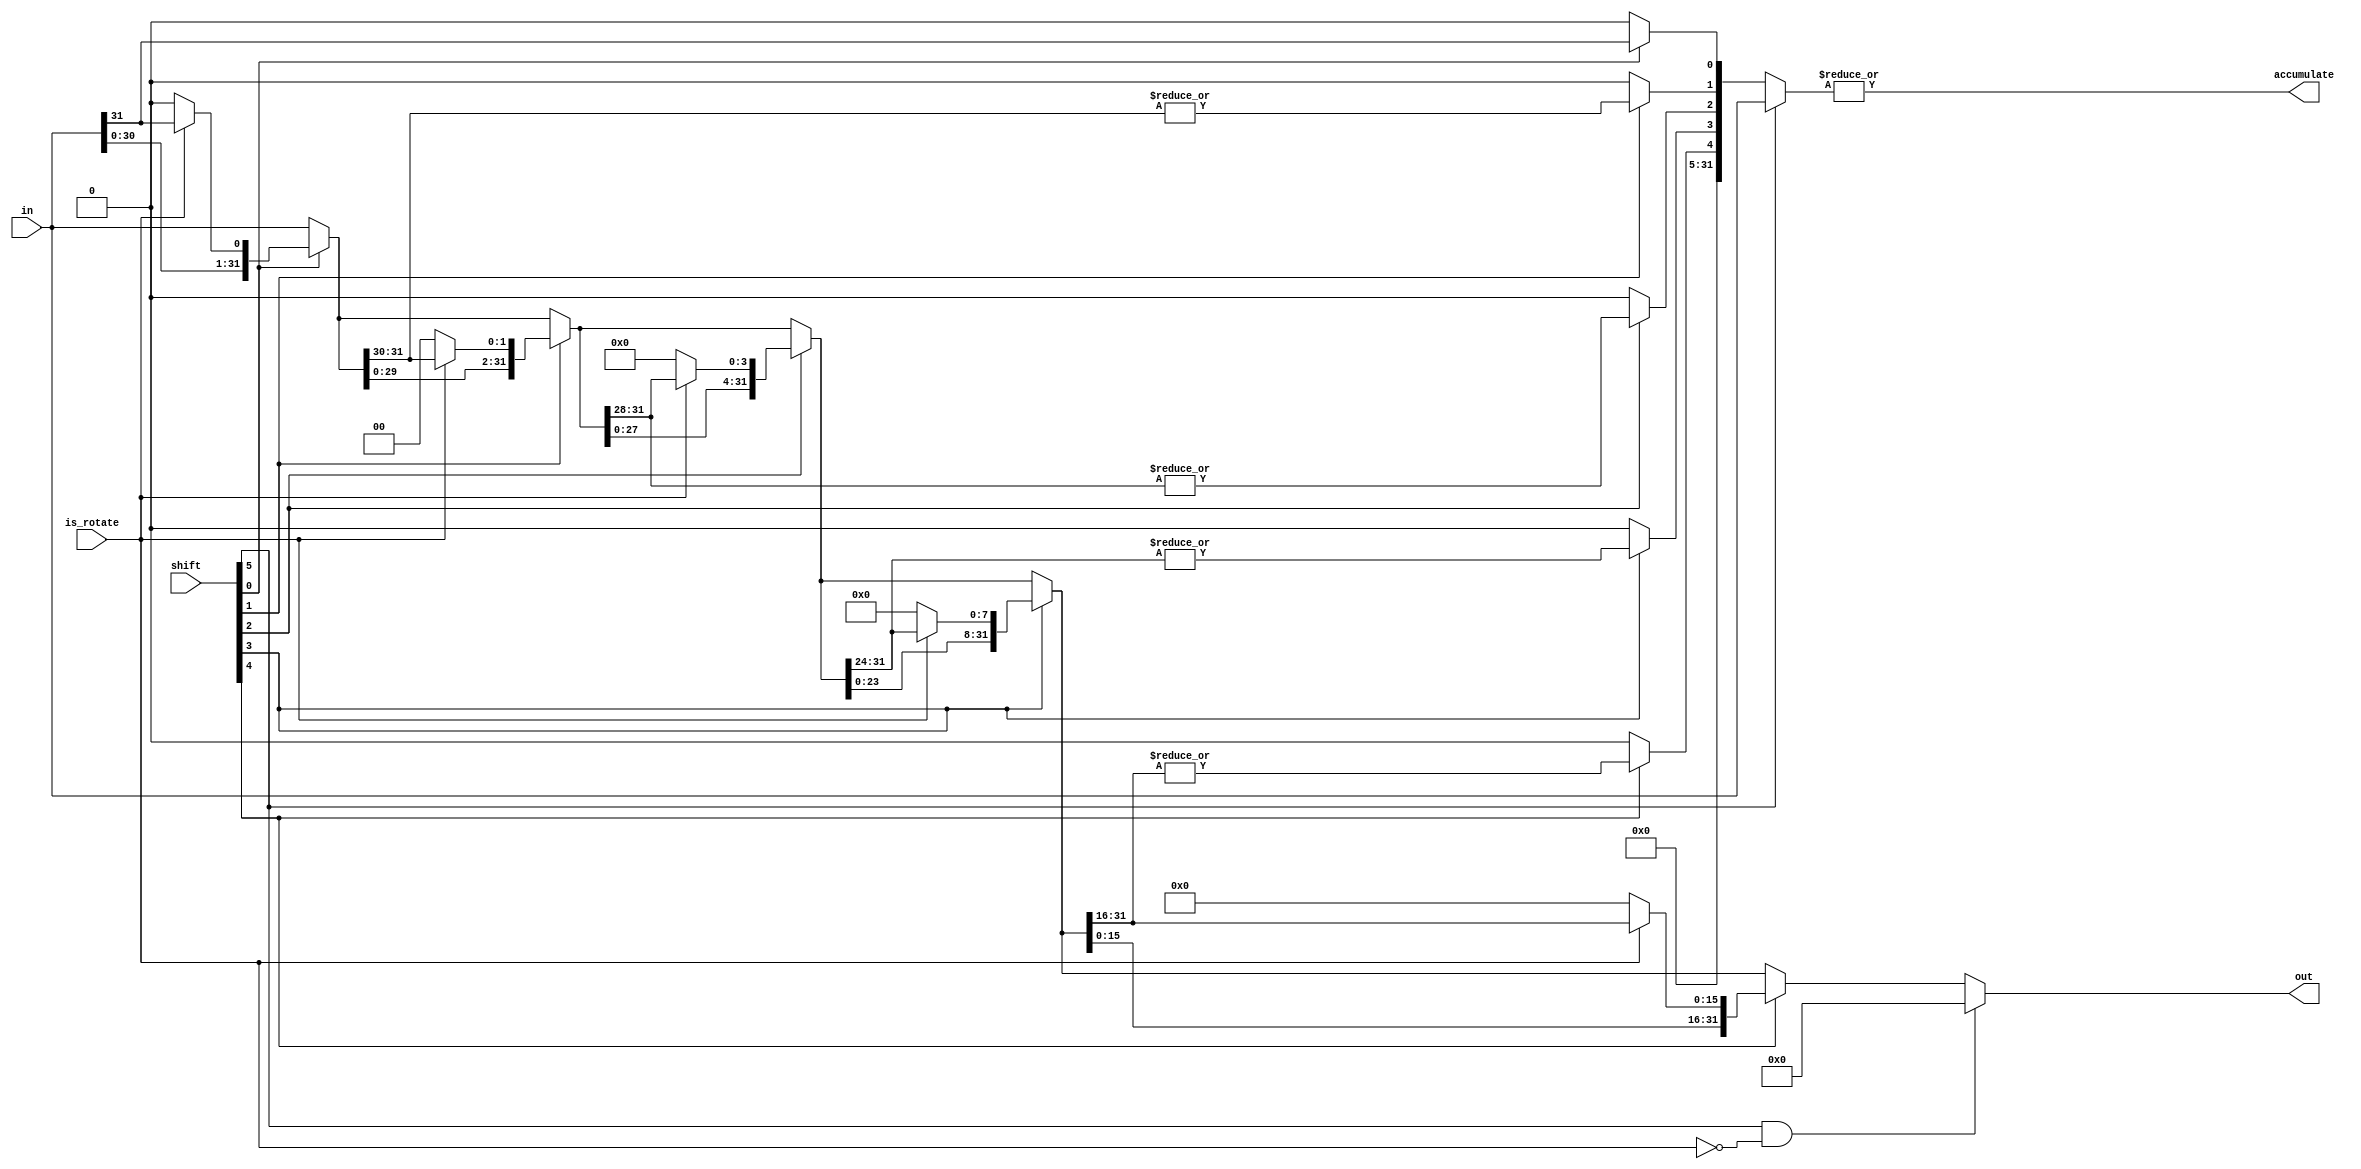
/**
 * Left shift/rotate barrel shifter
 * Works for arbitrary power-of-two bit lengths
 */
module left_shift #(
	parameter BITS = 32,
	parameter SHIFT_BITS = $clog2(BITS) + 1
) (
	input [BITS - 1:0] in,
	input [SHIFT_BITS - 1:0] shift,
	output [BITS - 1:0] out,
	
	input is_rotate, // If the shifted-off bits should be rotated back on the front
	output accumulate // If any of the shifted-off bits were '1', this flag is set
);
	localparam DEPTH = $clog2(BITS);
	
	wire [BITS - 1:0] shifts [DEPTH:0];
	wire [DEPTH - 1:0] accumulates;
	wire out_of_bounds;
	
	assign out_of_bounds = | shift[SHIFT_BITS - 1:DEPTH];
	assign accumulate = | (out_of_bounds ? in : accumulates);
	
	assign shifts[0] = in;
	assign out = out_of_bounds && !is_rotate ? {BITS{1'b0}} : shifts[DEPTH];
	
	genvar i;
	generate
		for (i = 0; i < DEPTH; i = i + 1) begin : gen_shift
			localparam WIDTH = 1 << i;
			assign shifts[i + 1] = shift[i] ? {shifts[i][BITS - 1 - WIDTH:0], (is_rotate ? shifts[i][BITS - 1:BITS - WIDTH] : {WIDTH{1'b0}})} : shifts[i];
			assign accumulates[i] = shift[i] ? (| shifts[i][BITS - 1:BITS - WIDTH]) : 1'b0;
		end
	endgenerate
endmodule


// Testbench
`timescale 1ns/100ps
module left_shift_test;

	reg [3:0] in;
	reg [2:0] shift;
	wire [3:0] out_shift, out_rotate;
	wire out_accumulate;

	left_shift #( .BITS(4) ) _ls ( .in(in), .shift(shift), .out(out_shift), .is_rotate(1'b0), .accumulate(out_accumulate) );
	left_shift #( .BITS(4) ) _lr ( .in(in), .shift(shift), .out(out_rotate), .is_rotate(1'b1), .accumulate() );

	integer i, j;
	
	initial begin
		for (i = 0; i < 16; i = i + 1) begin
			for (j = 0; j < 5; j = j + 1) begin
				in <= i;
				shift <= j;
				#1 $display("Test | left shift 0b%b << %0d | 0b%b | 0b%b", in, shift, in << shift, out_shift);
				#1 $display("Test | left shift (accumulate) 0b%b <<A %0d | %b | %b", in, shift, (in[3] & j > 0) | (in[2] & j > 1) | (in[1] & j > 2) | (in[0] & j > 3), out_accumulate);
				#1 $display("Test | left rotate 0b%b <<R %0d | 0b%b | 0b%b", in, shift, (in << shift) | (in >> (4 - shift)), out_rotate);
			end
		end
		
		$finish;
	end
endmodule